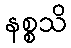
နစ္စသိ